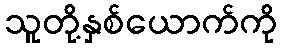
သူတို့နှစ်ယောက်ကို